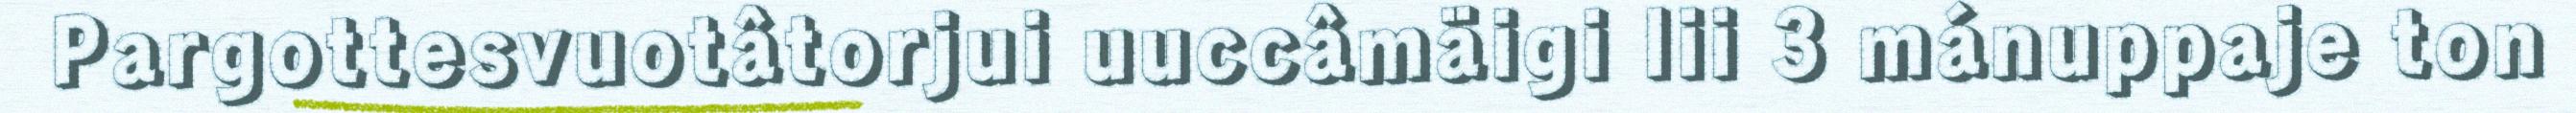
Pargottesvuotâtorjui uuccâmäigi lii 3 mánuppaje ton